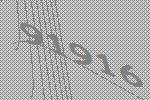
91916